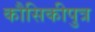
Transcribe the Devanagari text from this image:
कौसिकीपुत्र